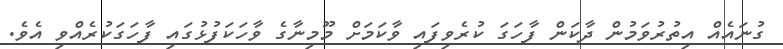
ގުނައެއް އިތުރުވަމުން ދާކަން ފާހަގަ ކުރެވިފައި ވާކަމަށް މޫމިނާގެ ވާހަކަފުޅުގައި ފާހަގަކުރެއްވި އެވެ.